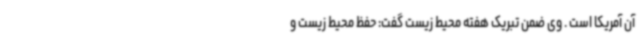
آن آمریکا است . وی ضمن تبریک هفته محیط زیست گفت: حفظ محیط زیست و